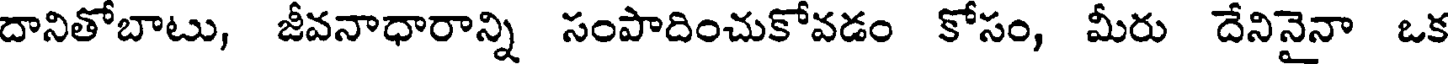
దానితోబాటు, జీవనాధారాన్ని సంపాదించుకోవడం కోసం, మీరు దేనినైనా ఒక